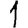
Digit: 1